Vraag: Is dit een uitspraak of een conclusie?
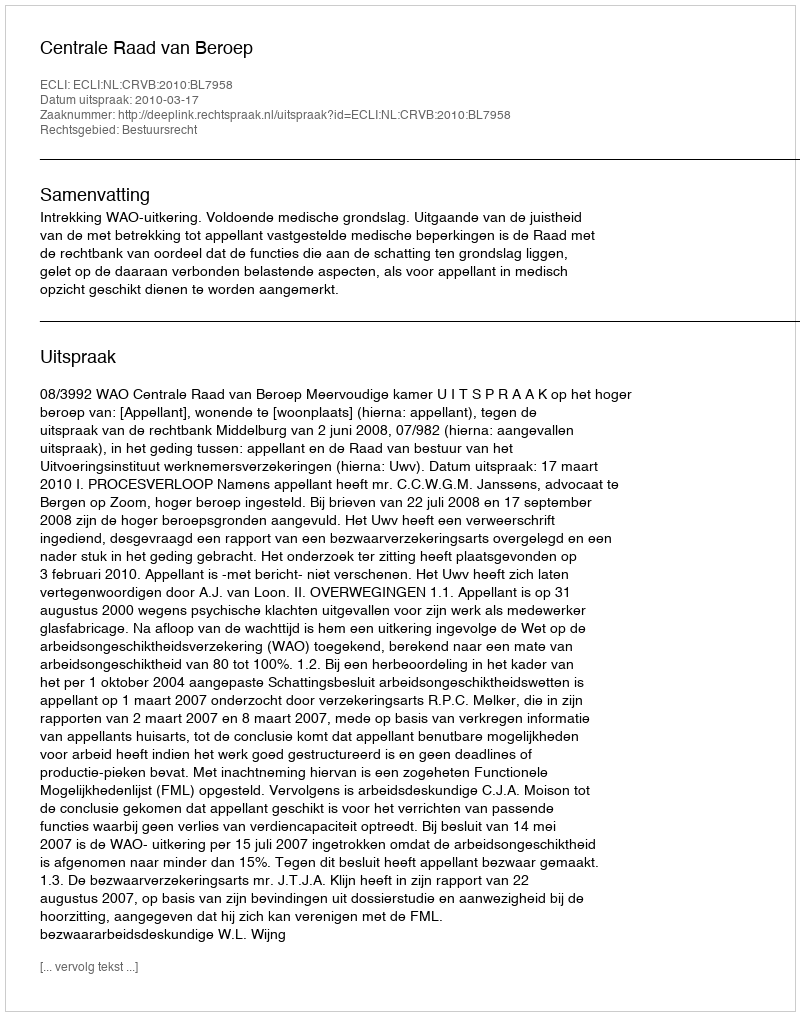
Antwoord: Uitspraak